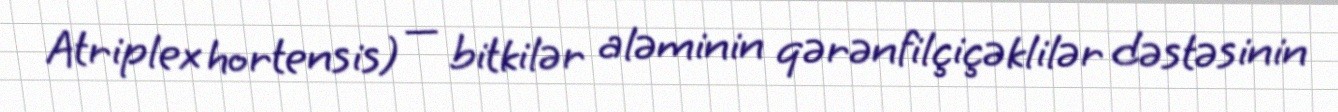
Atriplex hortensis) — bitkilər aləminin qərənfilçiçəklilər dəstəsinin